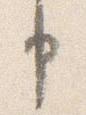
申